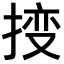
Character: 𫽕